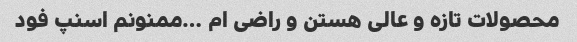
محصولات تازه و عالی هستن و راضی ام …ممنونم اسنپ فود